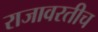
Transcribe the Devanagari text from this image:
राजावरतीच